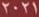
2021